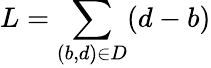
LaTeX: L=\sum_{(b,d)\in D}(d-b)